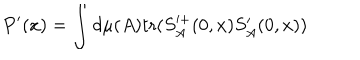
LaTeX: P ^ { \prime } ( x ) = \int d \mu ( A ) \mathrm { t r } ( S _ { A } ^ { + } ( 0 , x ) S _ { A } ^ { \prime } ( 0 , x ) )